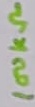
Text: 100kΩ